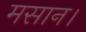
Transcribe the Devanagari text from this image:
मसान।